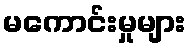
မကောင်းမှုများ